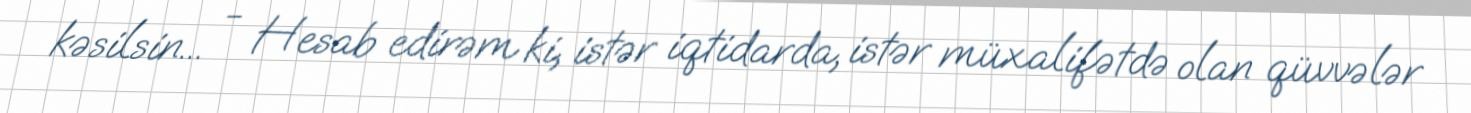
kəsilsin... - Hesab edirəm ki, istər iqtidarda, istər müxalifətdə olan qüvvələr